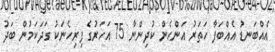
އެއްބަނޑު އެއްބަފާ ހަތަރު އަންހެން ކުދިންނާ 75 އަހަރުގެ ފިރިހެނަކު ގަދަކަމުން ބަދު